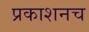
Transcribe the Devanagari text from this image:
प्रकाशनच